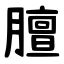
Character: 膻